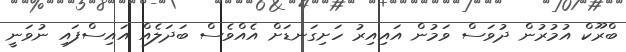
ބްރޫކް އުމުރުން ދުވަސް ވަމުން އައިއިރު ހަށިގަނޑަށް އެއްވެސް ބަދަލެއް އައިސްފައި ނުވަނީ